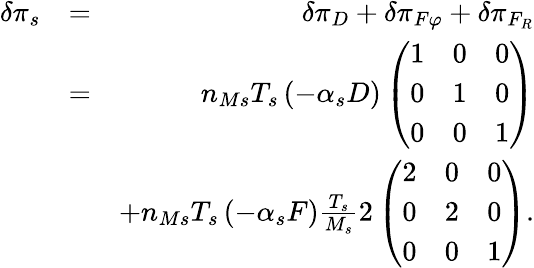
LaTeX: \begin{array}{rlr}{\delta\pi_{s}}&{=}&{\delta\pi_{D}+\delta\pi_{F\varphi}+\delta\pi_{F_{R}}}\\ &{=}&{n_{Ms}T_{s}\left(-\alpha_{s}D\right)\left(\begin{array}{ccc}{1}&{0}&{0}\\ {0}&{1}&{0}\\ {0}&{0}&{1}\end{array}\right)}\\ &{}&{+n_{Ms}T_{s}\left(-\alpha_{s}F\right)\frac{T_{s}}{M_{s}}2\left(\begin{array}{ccc}{2}&{0}&{0}\\ {0}&{2}&{0}\\ {0}&{0}&{1}\end{array}\right).}\end{array}